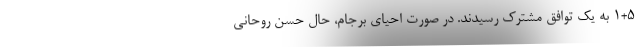
1+5 به یک توافق مشترک رسیدند. در صورت احیای برجام، حال حسن روحانی